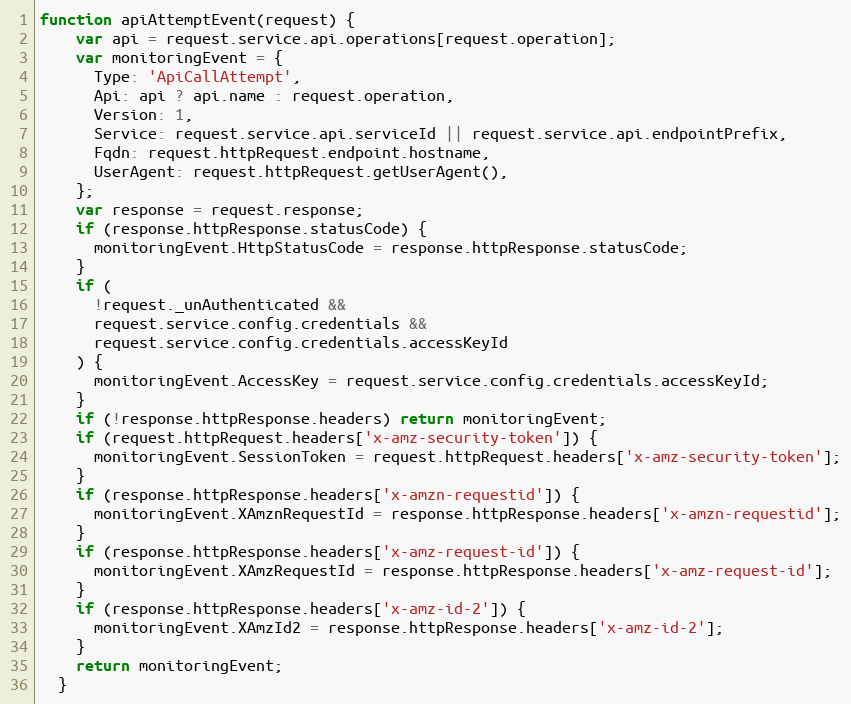
Language: JavaScript
function apiAttemptEvent(request) {
    var api = request.service.api.operations[request.operation];
    var monitoringEvent = {
      Type: 'ApiCallAttempt',
      Api: api ? api.name : request.operation,
      Version: 1,
      Service: request.service.api.serviceId || request.service.api.endpointPrefix,
      Fqdn: request.httpRequest.endpoint.hostname,
      UserAgent: request.httpRequest.getUserAgent(),
    };
    var response = request.response;
    if (response.httpResponse.statusCode) {
      monitoringEvent.HttpStatusCode = response.httpResponse.statusCode;
    }
    if (
      !request._unAuthenticated &&
      request.service.config.credentials &&
      request.service.config.credentials.accessKeyId
    ) {
      monitoringEvent.AccessKey = request.service.config.credentials.accessKeyId;
    }
    if (!response.httpResponse.headers) return monitoringEvent;
    if (request.httpRequest.headers['x-amz-security-token']) {
      monitoringEvent.SessionToken = request.httpRequest.headers['x-amz-security-token'];
    }
    if (response.httpResponse.headers['x-amzn-requestid']) {
      monitoringEvent.XAmznRequestId = response.httpResponse.headers['x-amzn-requestid'];
    }
    if (response.httpResponse.headers['x-amz-request-id']) {
      monitoringEvent.XAmzRequestId = response.httpResponse.headers['x-amz-request-id'];
    }
    if (response.httpResponse.headers['x-amz-id-2']) {
      monitoringEvent.XAmzId2 = response.httpResponse.headers['x-amz-id-2'];
    }
    return monitoringEvent;
  }